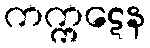
ကက္ကဋေန